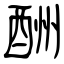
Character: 酬